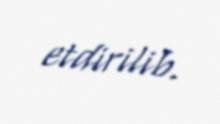
etdirilib.